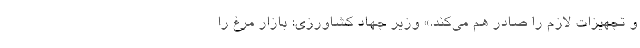
و تجهیزات لازم را صادر هم می‌کند.» وزیر جهاد کشاورزی: بازار مرغ را